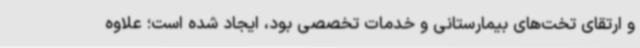
و ارتقای تخت‌های بیمارستانی و خدمات تخصصی بود، ایجاد شده است؛ علاوه